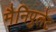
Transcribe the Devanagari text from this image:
मैनिपुलेट